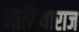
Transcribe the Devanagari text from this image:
माफियाराज